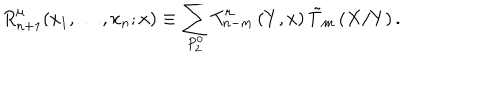
LaTeX: R _ { n + 1 } ^ { \mu } ( x _ { 1 } , \ldots , x _ { n } ; x ) \equiv \sum _ { P _ { 2 } ^ { 0 } } T _ { n - m } ^ { \mu } \left( Y , x \right) \tilde { T } _ { m } \left( X / Y \right) .